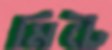
মিটে